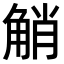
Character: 𧣪